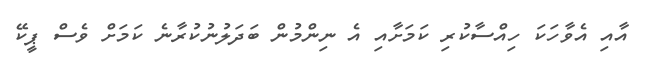
އާއި އެވާހަކަ ހިއްސާކުރި ކަމަށާއި އެ ނިންމުން ބަދަލުނުކުރާނެ ކަމަށް ވެސް ޕީކޭ